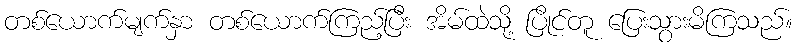
တစ်ယောက်မျက်နှာ တစ်ယောက်ကြည့်ပြီး အိမ်ထဲသို့ ပြိုင်တူ ပြေးသွားမိကြသည်။